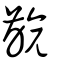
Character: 齴